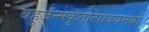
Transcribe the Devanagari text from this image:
बहुजन्मकृतात्पादयमर्थो